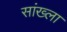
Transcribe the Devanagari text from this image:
सांख्ला